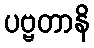
ပဗ္ဗတာနိ